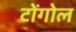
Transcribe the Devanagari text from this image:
टोंगोल